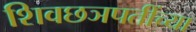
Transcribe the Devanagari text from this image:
शिवछञपतींच्या